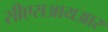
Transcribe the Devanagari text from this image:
सीएसआयआर